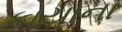
કાયાના